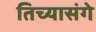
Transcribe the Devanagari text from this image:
तिच्यासंगे